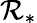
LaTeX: \mathcal{R}_{*}